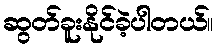
ဆွတ်ခူးနိုင်ခဲ့ပါတယ်။